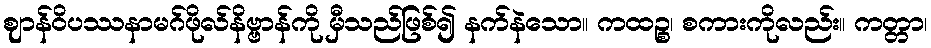
ဈာန်ဝိပဿနာမဂ်ဖိုလ်နိဗ္ဗာန်ကို မှီသည်ဖြစ်၍ နက်နဲသော။ ကထဉ္စ၊ စကားကိုလည်း။ ကတ္တာ၊